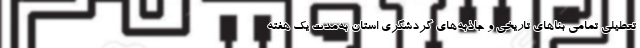
تعطیلی تمامی بناهای تاریخی و جاذبه‌های گردشگری استان به‌مدت یک هفته